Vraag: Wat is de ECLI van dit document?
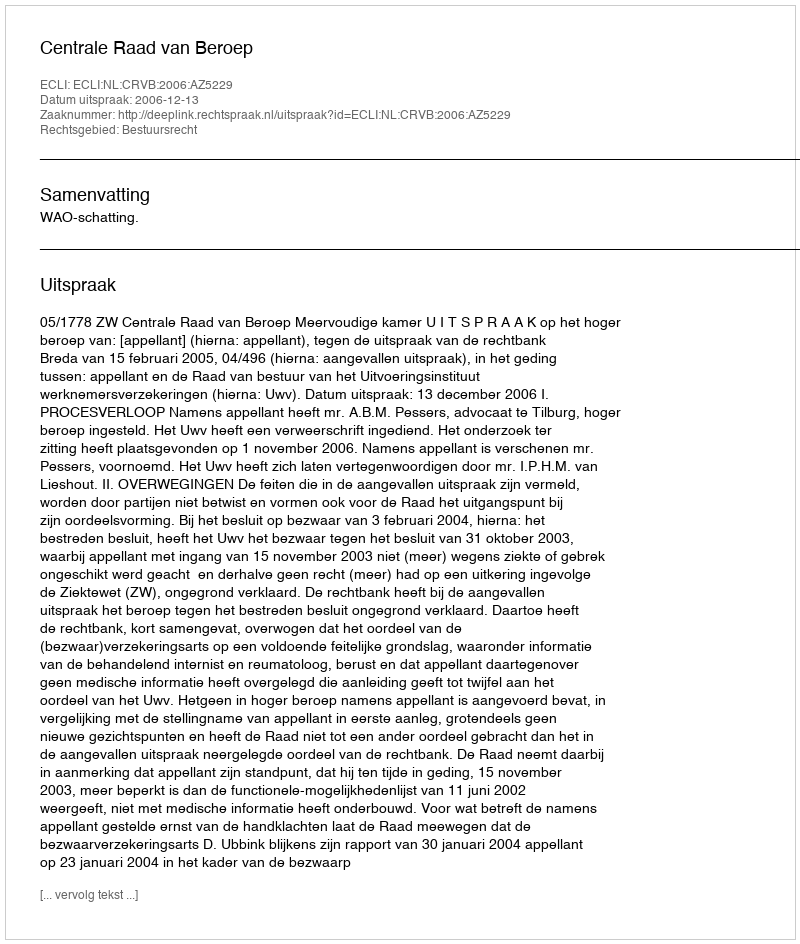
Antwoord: ECLI:NL:CRVB:2006:AZ5229